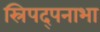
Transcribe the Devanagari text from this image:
स्रिपद्पनाभा